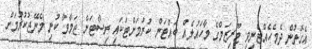
އެގޮތުން ދެމެހެއްޓެނިވި ޓޫރިޒަމްގެ މާހައުލެއް ބައްޓަން ކުރުމަށްޓަކައި ރިސޯޓަށް ޖަމާވާ ކުނި މެނޭޖުކުރުމަށް